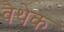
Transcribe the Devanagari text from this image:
वैथेक